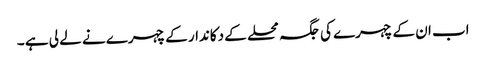
اب ان کے چہرے کی جگہ محلے کے دکاندار کے چہرے نے لے لی ہے ۔